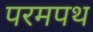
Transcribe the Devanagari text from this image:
परमपथ